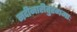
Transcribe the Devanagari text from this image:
नदीनारीतुरंगमाः